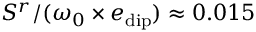
S ^ { r } / ( \omega _ { 0 } \times e _ { \mathrm { d i p } } ) \approx 0 . 0 1 5